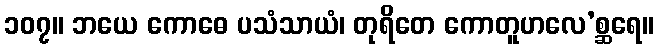
၁၀၇။ ဘယေ ကောဓေ ပသံသာယံ၊ တုရိတေ ကောတူဟလေ’စ္ဆရေ။